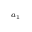
_ { a _ { 1 } }